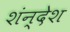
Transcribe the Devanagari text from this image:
शंन्देश